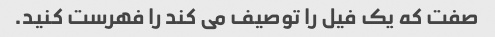
صفت که یک فیل را توصیف می کند را فهرست کنید.